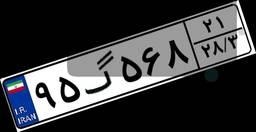
۹۵گ۵۶۸۲۱